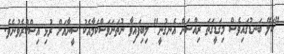
"ކަލޭ ބަނޑުގައިވެސް މިގަޑީގަތަ ރިއްސަން އެނގުނީ" ލިބިފައިވާ ނުތަނަވަސްކަމާއެކު ސީނާއަށް ރުޅި އިސްކުރެވުނެވެ.